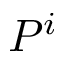
P ^ { i }